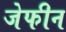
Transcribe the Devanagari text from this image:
जेफीन